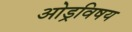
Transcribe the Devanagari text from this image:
ओड्रविषय